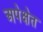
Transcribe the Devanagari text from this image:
अपेक्षेत